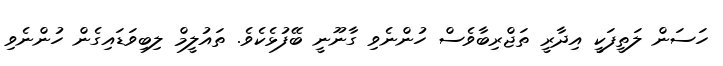
ހަސަން ލަތީފަކީ އިދާރީ ތަޖްރިބާވެސް ހުންނެވި ގާނޫނީ ބޭފުޅެކެވެ. ތައުލީމް ލިބިވަޑައިގެން ހުންނެވި